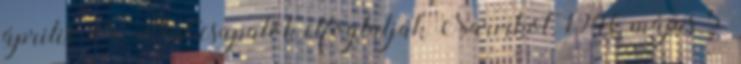
április 28. Brit csapatok elfoglalják Narvikot. 1940 május 5.